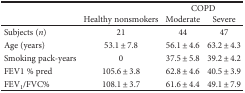
<table><thead><tr><td rowspan="2"></td><td></td><td colspan="2"><b>COPD</b></td></tr><tr><td><b>Healthy nonsmokers</b></td><td><b>Moderate</b></td><td><b>Severe</b></td></tr></thead><tbody><tr><td>Subjects (<i>n</i>)</td><td>21</td><td>44</td><td>47</td></tr><tr><td>Age (years)</td><td>53.1 ± 7.8</td><td>56.1 ± 4.6</td><td>63.2 ± 4.3</td></tr><tr><td>Smoking pack-years</td><td>0</td><td>37.5 ± 5.8</td><td>39.2 ± 4.2</td></tr><tr><td>FEV1 % pred</td><td>105.6 ± 3.8</td><td>62.8 ± 4.6</td><td>40.5 ± 3.9</td></tr><tr><td>FEV<sub>1</sub>/FVC%</td><td>108.1 ± 3.7</td><td>61.6 ± 4.4</td><td>49.1 ± 7.9</td></tr></tbody></table>